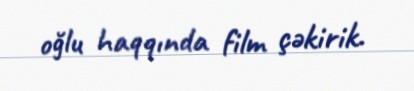
oğlu haqqında film çəkirik.